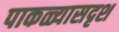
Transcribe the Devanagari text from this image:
पाकळ्यासदृश